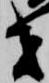
者